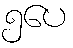
၅ပေ